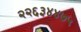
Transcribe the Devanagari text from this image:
२२६३४४७५